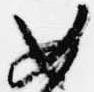
如